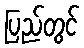
ပြည်တွင်